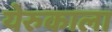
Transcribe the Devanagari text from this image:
येरुकाला